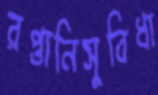
রপ্তানিসুবিধা